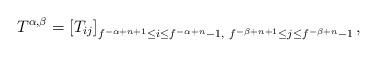
LaTeX: \begin{align*}T^{\alpha, \beta}=\left[T_{ij}\right]_{f^{-\alpha+n+1}\leq i \leq f^{-\alpha+n}-1, \ f^{-\beta+n+1}\leq j\leq f^{-\beta+n}-1},\end{align*}